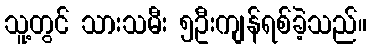
သူ့တွင် သားသမီး ၅ဦးကျန်ရစ်ခဲ့သည်။